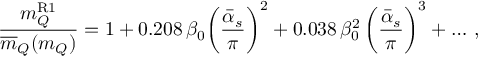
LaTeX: { \frac { m _ { Q } ^ { \mathrm { R 1 } } } { \overline { { { m } } } _ { Q } ( m _ { Q } ) } } = 1 + 0 . 2 0 8 \, \beta _ { 0 } \bigg ( { \frac { \bar { \alpha } _ { s } } { \pi } } \bigg ) ^ { 2 } + 0 . 0 3 8 \, \beta _ { 0 } ^ { 2 } \, \bigg ( { \frac { \bar { \alpha } _ { s } } { \pi } } \bigg ) ^ { 3 } + \dots \, ,